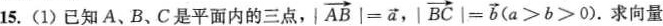
15.(1)已知A、B、C是平面内的三点，| $$\overrightarrow{AB}|= \overrightarrow{a},| \overrightarrow{BC}|= \overrightarrow{b}(a>b>0)$$.求向量